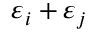
\varepsilon _ { i } + \varepsilon _ { j }